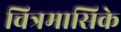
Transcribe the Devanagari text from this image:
चित्रमासिके